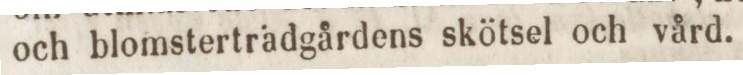
och blomsterträdgårdens skötsel och vård.